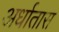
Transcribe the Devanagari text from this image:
अर्धातास